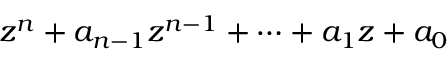
z ^ { n } + a _ { n - 1 } z ^ { n - 1 } + \cdots + a _ { 1 } z + a _ { 0 }